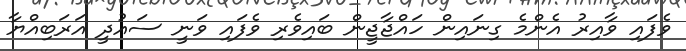
ވެފައި ވާއިރު އެންމެ ގިނައިން ހައްޖާޖީން ބައިވެރި ވެފައި ވަނީ ސައުދީ އަރަބިއްޔާ